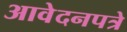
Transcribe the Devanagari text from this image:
आवेदनपत्रे